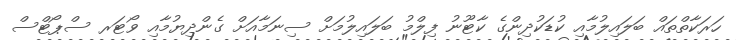
ހަރަކާތްތައް ބަލައިލުމާއި ކުޑަކުދިންގެ ކާޓޫނު ފިލްމު ބަލައިލުމަށް ސިނަމާއަށް ގެންދިޔުމާއި ވޯޓަރ ސްޕޯޓްސް